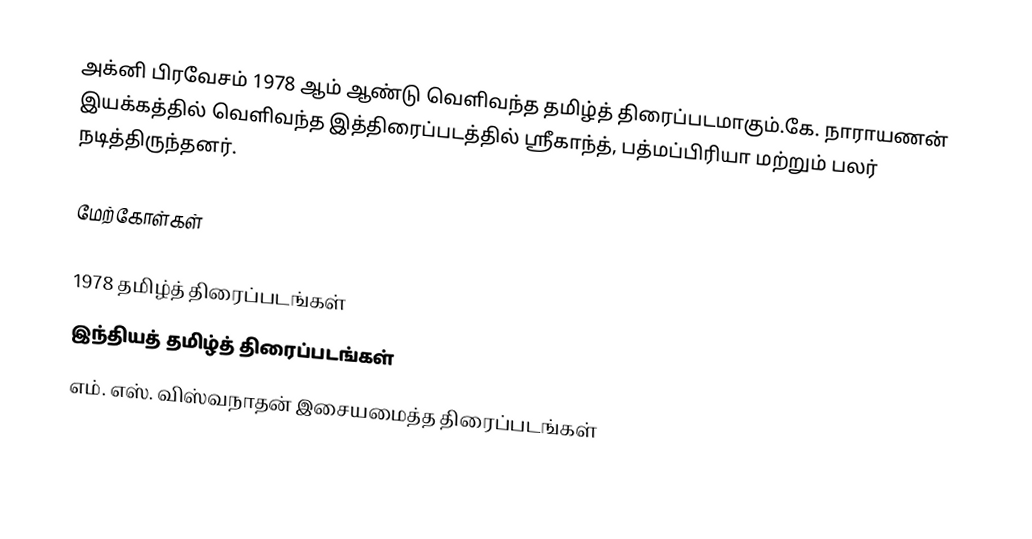
அக்னி பிரவேசம் 1978 ஆம் ஆண்டு வெளிவந்த தமிழ்த் திரைப்படமாகும்.கே. நாராயணன் இயக்கத்தில் வெளிவந்த இத்திரைப்படத்தில் ஸ்ரீகாந்த், பத்மப்பிரியா மற்றும் பலர் நடித்திருந்தனர்.

மேற்கோள்கள்

1978 தமிழ்த் திரைப்படங்கள்
இந்தியத் தமிழ்த் திரைப்படங்கள்
எம். எஸ். விஸ்வநாதன் இசையமைத்த திரைப்படங்கள்